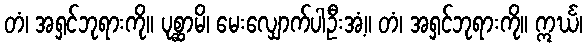
တံ၊ အရှင်ဘုရားကို။ ပုစ္ဆာမိ၊ မေးလျှောက်ပါဦးအံ့။ တံ၊ အရှင်ဘုရားကို။ ဣင်္ဃ၊